NAE_ERA_R-1765_ENSV_Kirjanike_Liit_1945-1955, lk 11
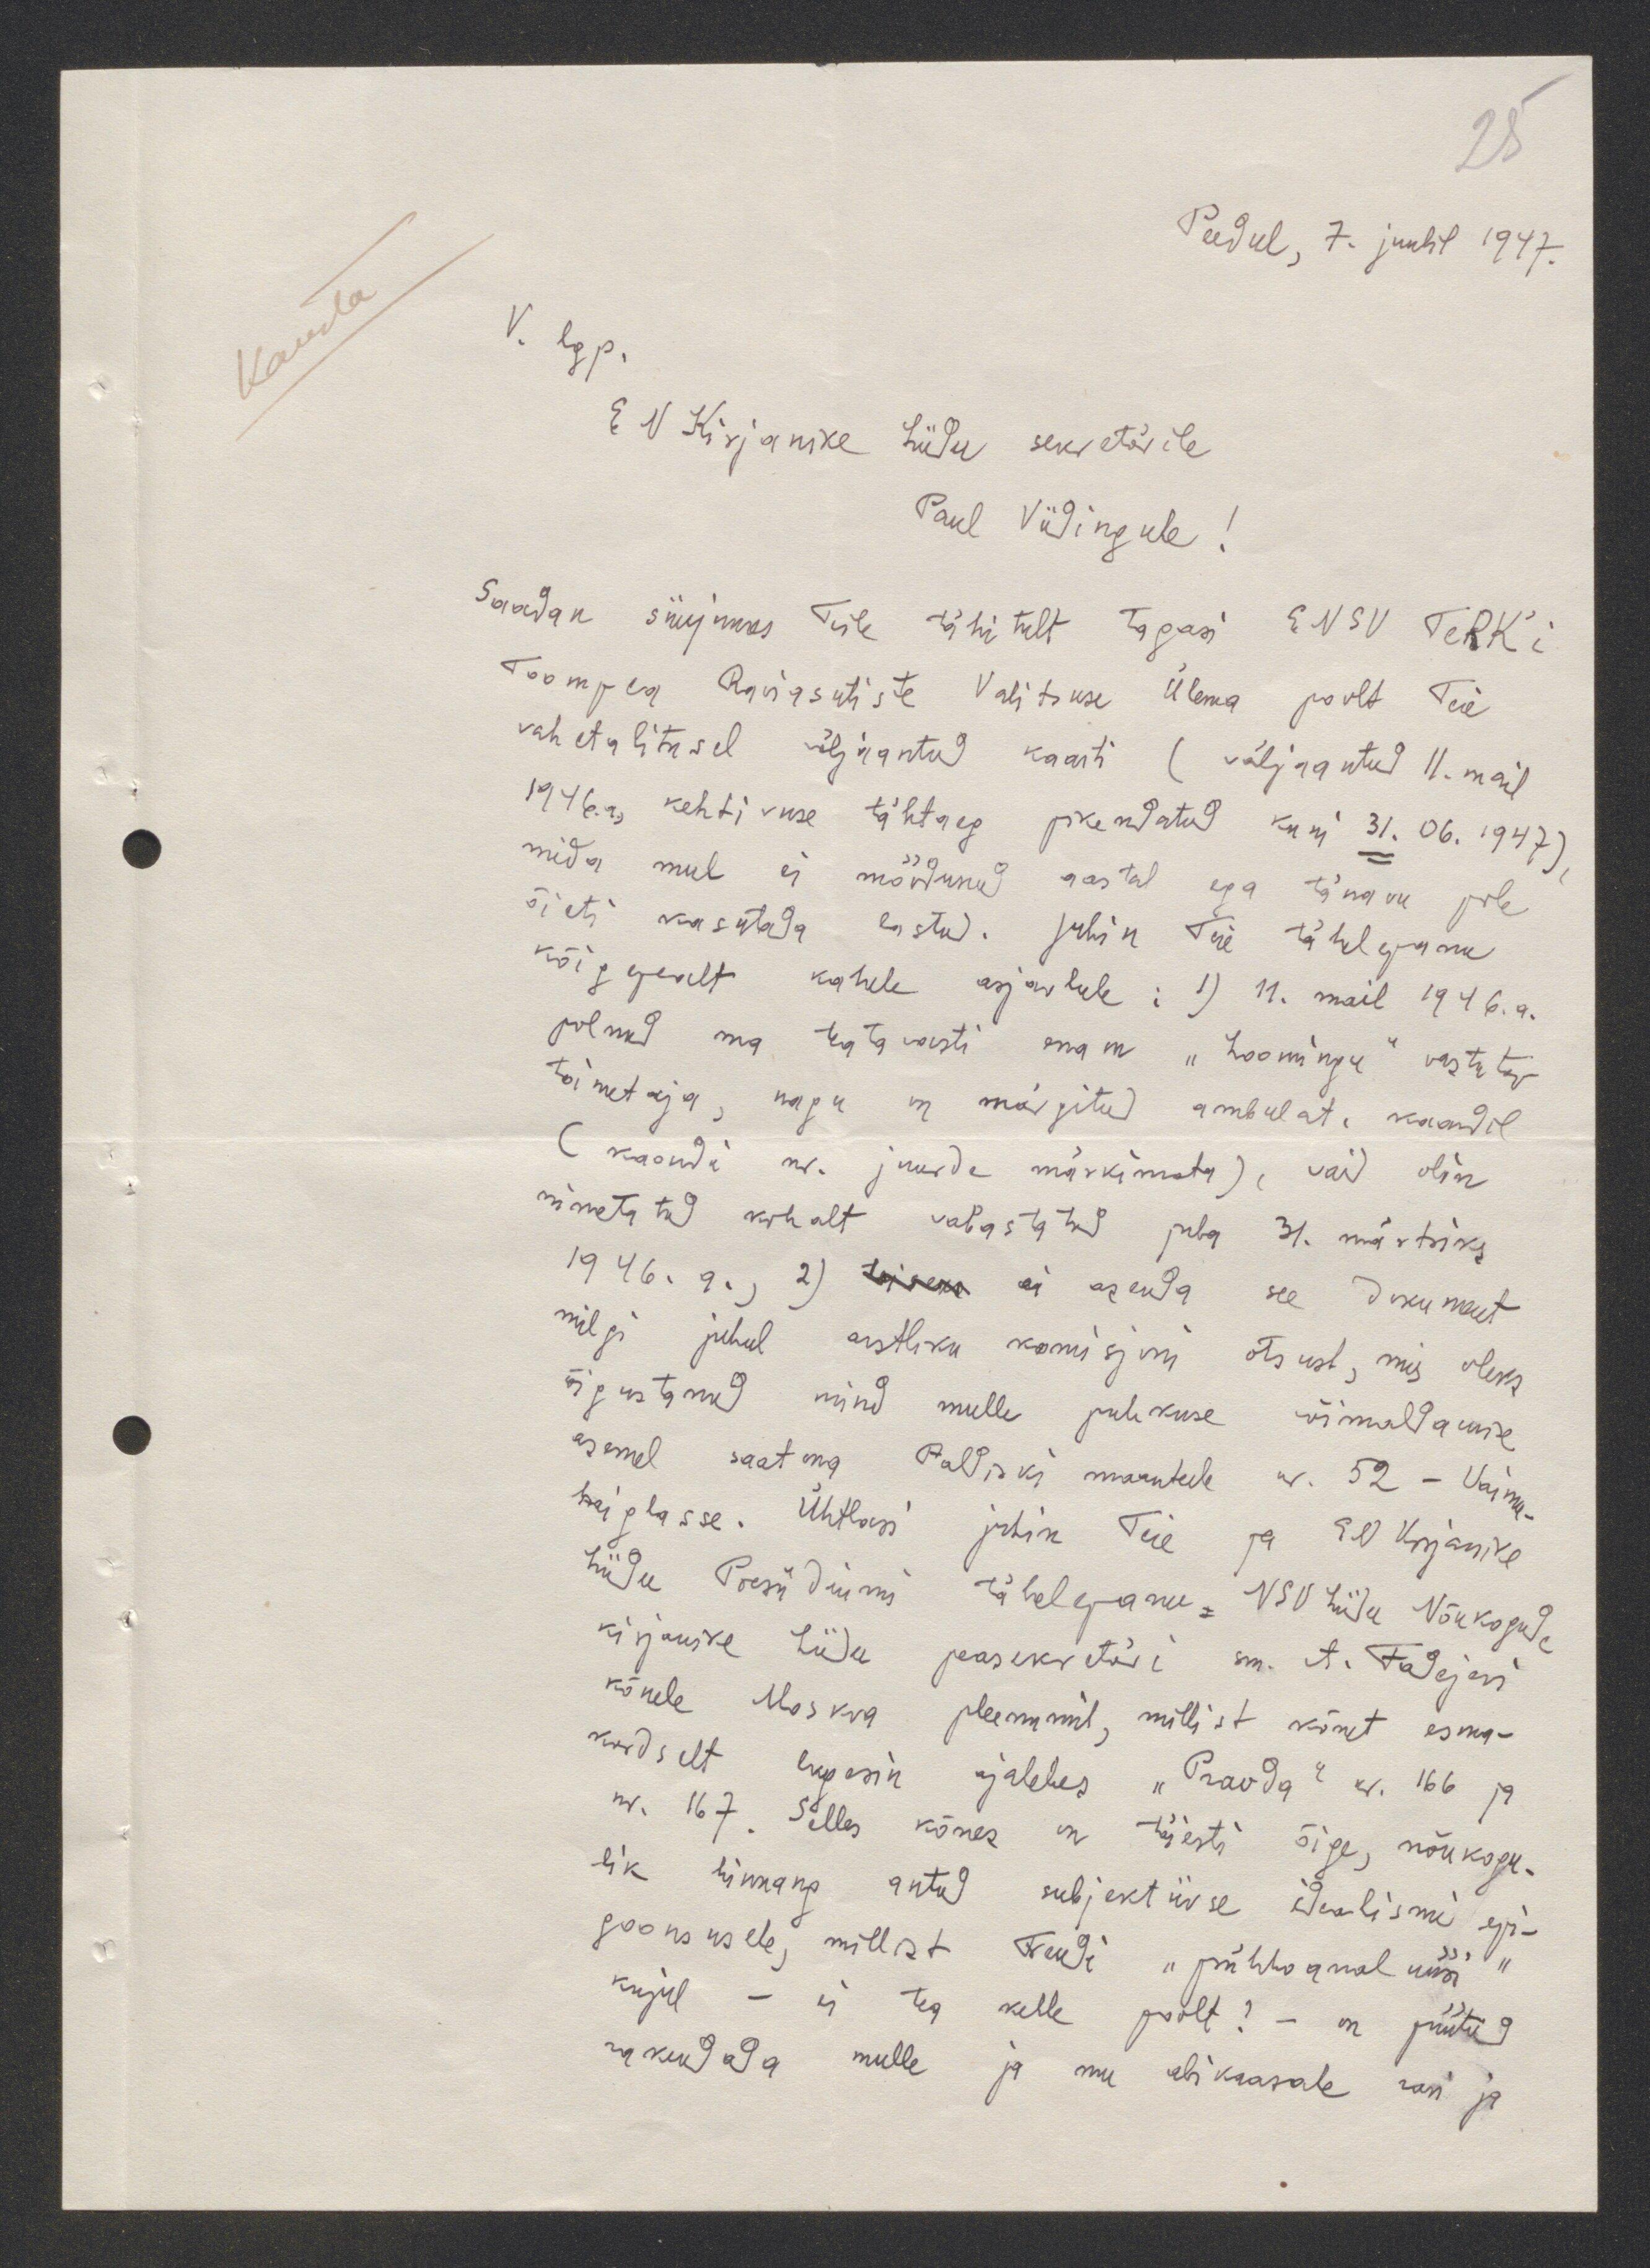
28
Peedul, 7. juulil 1947.
V. lgp.
E N Kirjanike Liidu sekretärile
Paul Viidingule.
Saadan siinjuures Teile sihitult tagasi ENSV TeRK'i
Toompea Raviasutiste Valitsuse ülema poolt Teie
vahetalitusel väljaantud kaarti (väljaantud 11.mail
1946. a, kehtimise tähtaeg pikendatud kuni 31. 06. 1947)
mida mul ei möödunud aastal ega tänavu pole
õieti kasutada lastud. Juhin Teie tähelepanu
kõigepealt kahele asjaolule : 1) 11. mail 1946.a.
polnud ma teatavasti enam "Loomingu" vastutav
toimetaja, nagu on märgitud ambulat. kaardil
(kaardi nr. juurde märkimata), vaid olin
nimetatud kohalt vabastatud juba 31. märtsiks
1946. a., 2) teisena ei asenda see dokument
milgi juhul arstliku komisjoni otsust, mis oleks
õigustanud mind mulle puhkuse võimaldamise
asemel saatma Paldiski maantee nr. 52 - Vaimu-
haiglasse. Ühtlasi juhin Teie ja EN kirjanike
Liidu Presidiumi tähelepanu NSV Liidu Nõukogude
Kirjanduse Liidu peasekretäri sm. A. Fadejevi
kõnele Moskva pleenumil, millist kõnet esma-
kordselt lugesin ajaleles "Pravda" nr. 166 ja
nr. 167. Selles kõnes on täisti õige, nõukogu-
lik hinnang antud subjektiivse idealismi epi-
goonsusele, millist trendi "pühtognal nääi
kujul - ei tea kelle poolt? - on püütid
rakendada mulle ja mu abikaasale rani ja